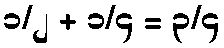
၁/၂ + ၁/၄ = ၃/၄